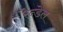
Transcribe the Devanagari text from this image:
रैन्डेल